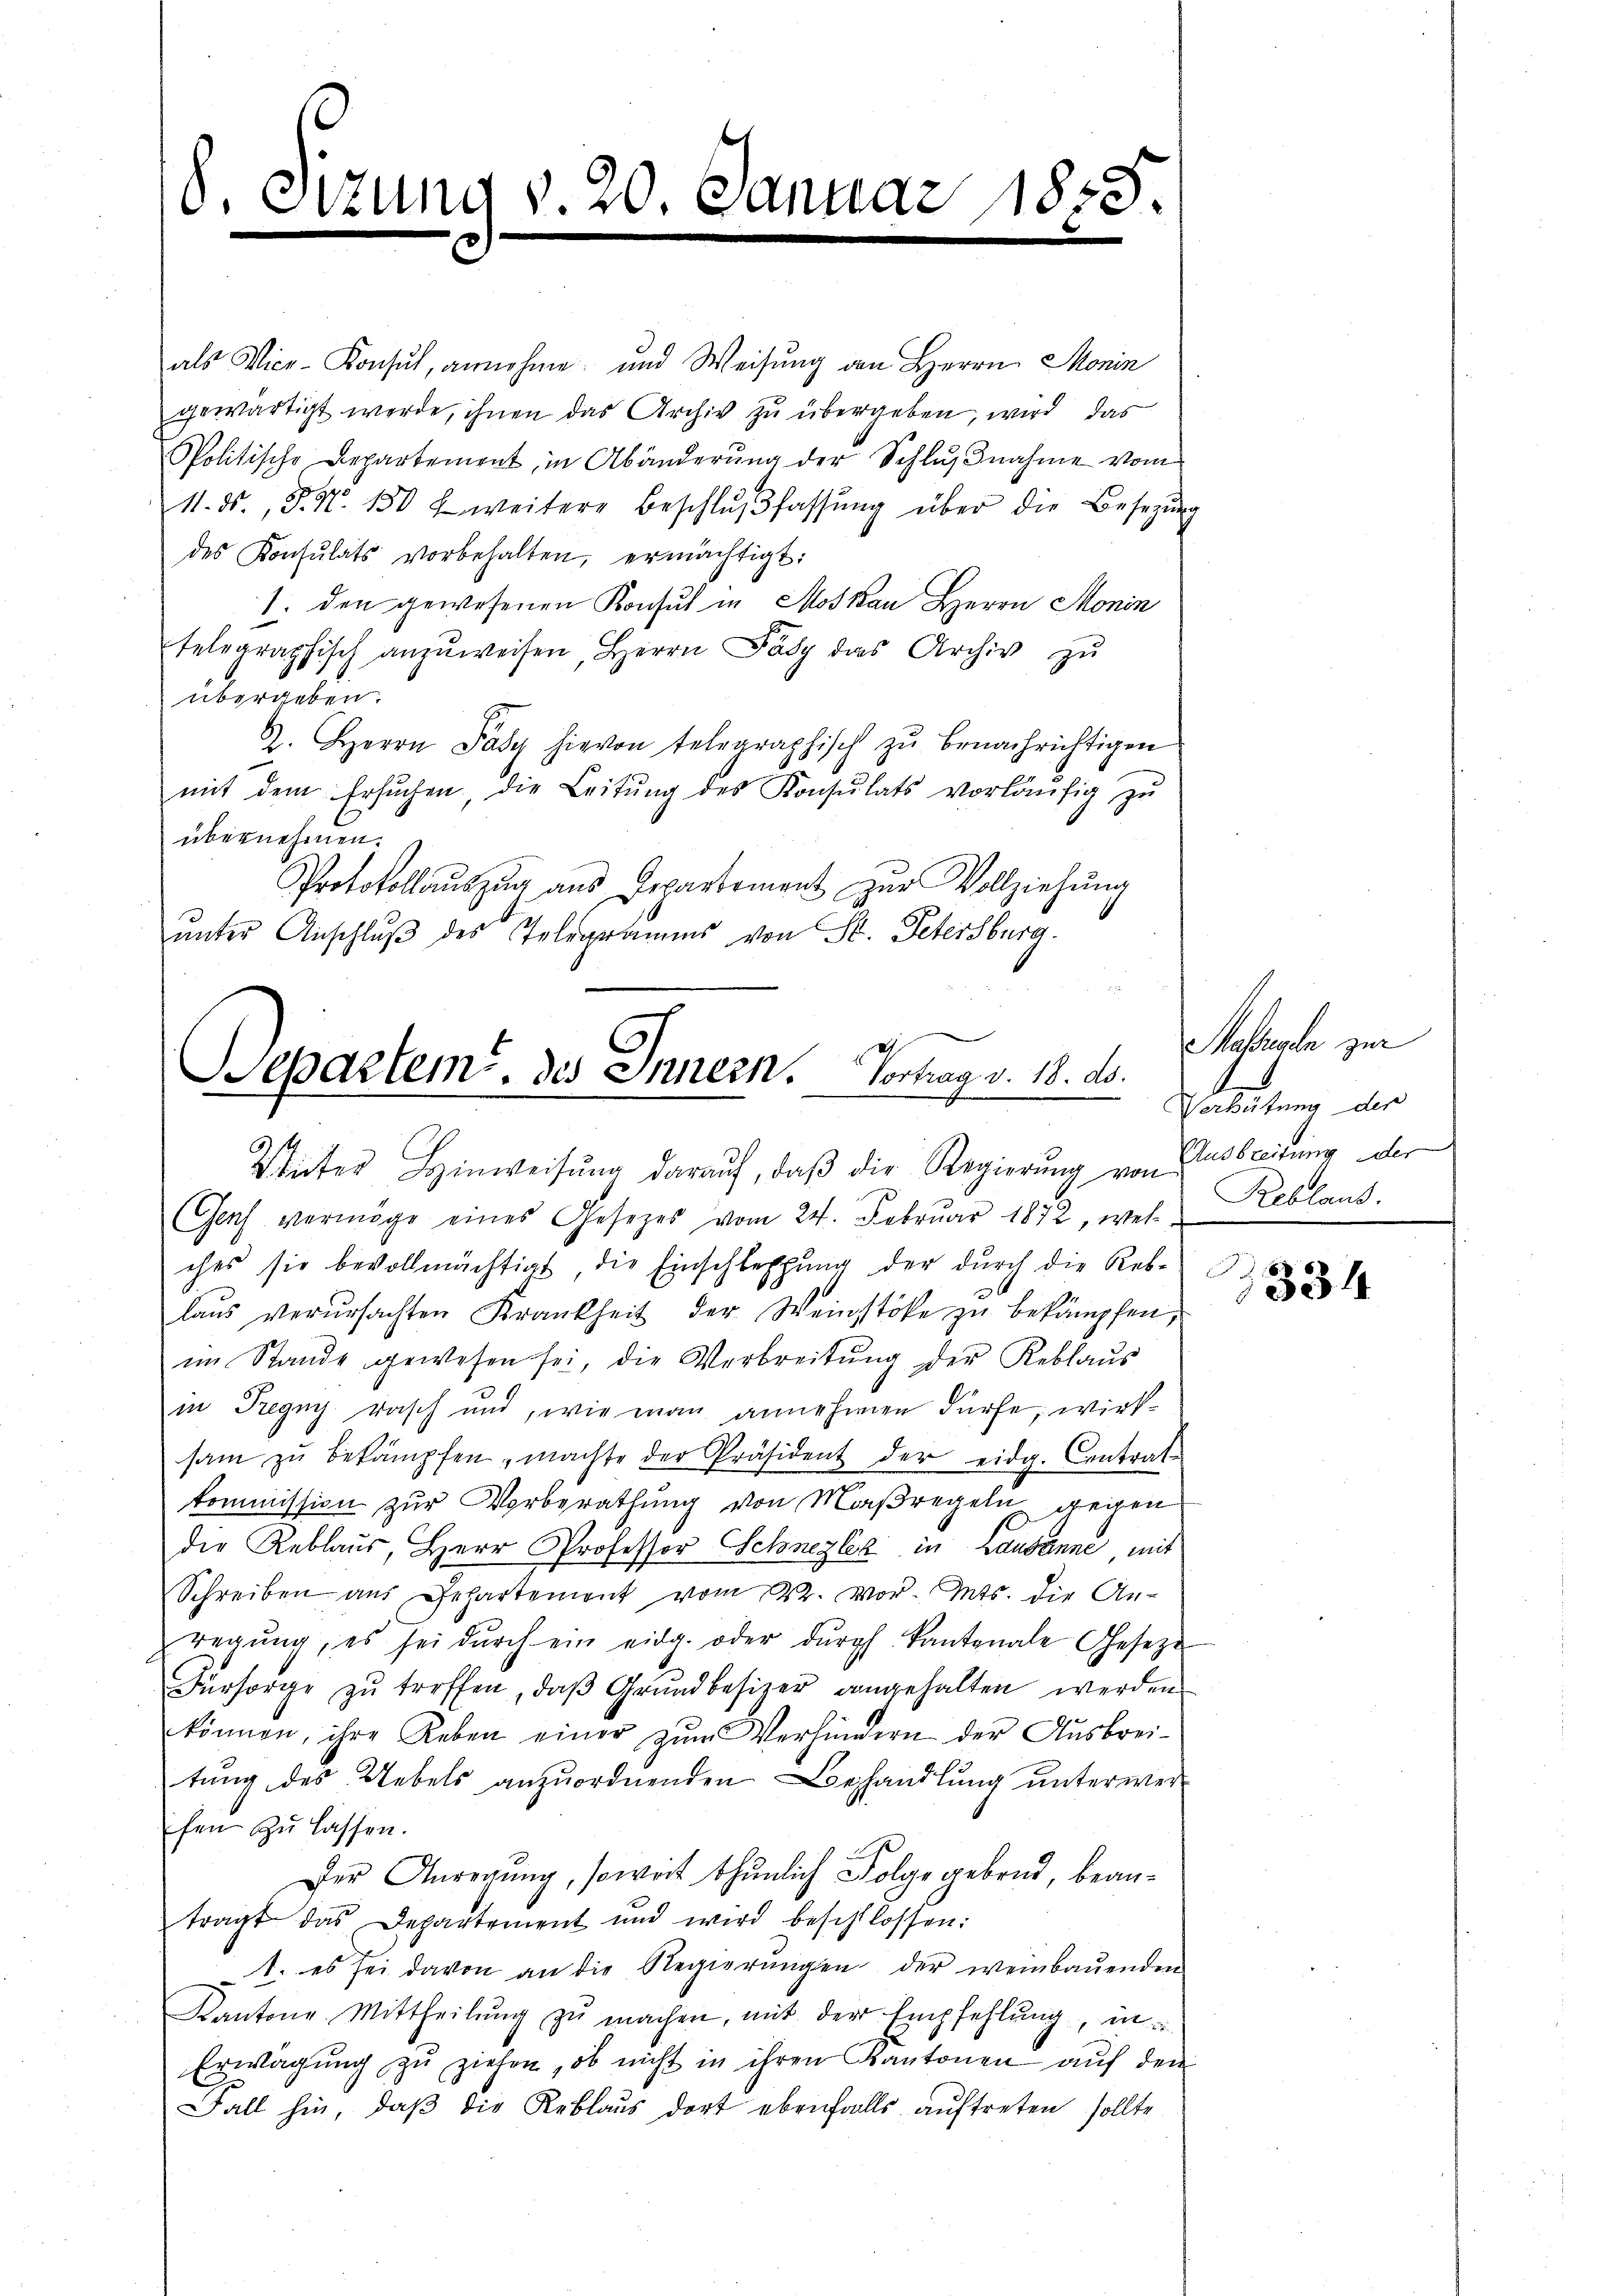
d. d.

zung v. 20. Januar 1858.

als Vice-Konsul, annehme und Weisung von Herrn Monin
gewärtigt werde, ihnen das Archiv zu übergeben, wird das
Politische Departement, in Abänderung der Schlußnahme vom
11. ds., S. N. 150 weitere Beschlŭβ fassŭng über die Besetzŭng
des Konsulats vorbehalten, ermächtigt:
1. den gewesenen Konsul in Moskau Herrn Monin
telegraphisch anzŭweisen Herrn Fäsy das Archiv zu
übergeben.
Z. Herrn Pasy hievon telegraphisch zŭ benachrichtigen
mit dem Ersuchen, die Leitŭng des Konsŭlats vorläŭfig zŭ
übernehmen.
Protokollaŭszŭg ans Departement zŭr Vollziehŭng
unter Anschluß des Telegramms von St. Petersburg.
8

Schartem des Innern, Vortrag v. 18. ds.
Weiter Hinweisŭng daraŭf, daβ die Regierŭng von

Massregen zur
1
Verhütung der
Ausbreitung der

Gas vermöge eines Gesetzes vom 24. Februar 1872, wese Reblaus
ches sie bevollmächtigt, die Einschleffŭng der dŭrch die Reb-
laŭs verŭrsachten Krankheit der Weinstöße zu bekämpfen,
im Stande gewesen sei, die Verbreitung der Reblaus
in Pregny rasch und, wie man annehmen dürfe, wirksam zŭ bekämpfen, machte der Präsident der eidg. Centrat-
kommission zur Vorberathung von Maßregeln gegen
der Reblaus, Herr Professor Schnezler in Lausanne mit
Schreiben aŭs Gehartement vom 22. vor. Mts. die An-
regŭng, es sei dŭrch ein eidg. oder dŭrch kantonale Geseze
Fürsorge zŭ treffen, daβ Grŭndbesizer angehalten werden
können, ihre Leben einer zŭm Verhindern der Ausbrei-
tung des Uebels anzuordnenden Behandlung unterwerfen zŭ lassen.
Der Anregŭng, soweit thŭnlich Folge gebend, beantragt das Departement und wird beschlossen:
1. es sei davon an die Regierŭngen der weinbauenden
Kantone. Mittheilŭng zŭ machen, mit der Empfehlŭng, in
Erwägŭng zŭ ziehen, ob nicht in ihren Kantonen auf den
Fall hin, daβ die Reblaus dort ebenfalls auftreten sollte

53 f